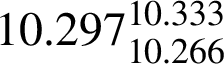
1 0 . 2 9 7 _ { 1 0 . 2 6 6 } ^ { 1 0 . 3 3 3 }